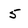
Character: 5